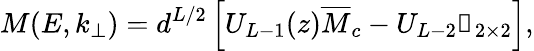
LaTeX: M(E,k_{\bot})=d^{L/2}\left[U_{L-1}(z)\overline{{M}}_{c}-U_{L-2}\mathbb{1}_{2\times 2}\right],